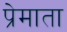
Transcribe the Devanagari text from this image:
प्रेमाता